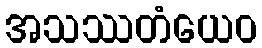
အသဿတံယေဝ